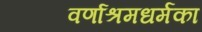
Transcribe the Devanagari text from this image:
वर्णाश्रमधर्मका